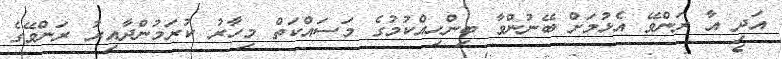
އަދި އާ ރަންވޭ އެޅުމަށް ބޭނުންވާ ބިންހިއްކުމުގެ މަސައްކަތް މިހާރު ކުރަމުންދާއިރު ރަންވޭގެ